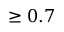
\ge 0 . 7